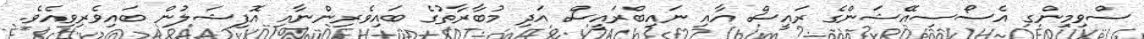
ސްވިމިންގ އެސޯސިއޭޝަންގެ ރައީސް އާއި ނައިބްރައީސް އަދި މުބާރާތުގެ ބައިވެރިންނާއި އޮފިޝަލުން ބައިވެރިވިއެވެ.